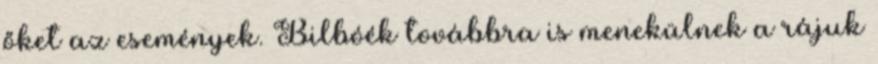
őket az események. Bilbóék továbbra is menekülnek a rájuk